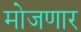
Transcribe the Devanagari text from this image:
मोजणार